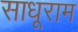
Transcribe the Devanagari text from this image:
साधूराम